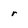
Character: r